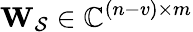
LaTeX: \mathbf{W_{\mathcal{S}}}\in\mathbb{C}^{(n-v)\times m}